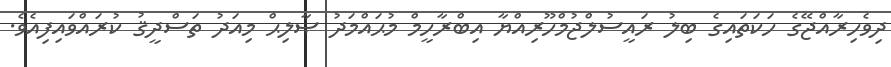
ދިވެހިރާއްޖޭގެ ހަކަތައިގެ ބިލު ރައީސުލްޖުމްހޫރިއްޔާ އިބްރާހީމް މުޙައްމަދު ޞާލިޙް މިއަދު ތަސްދީޤު ކުރައްވައިފިއެވެ.